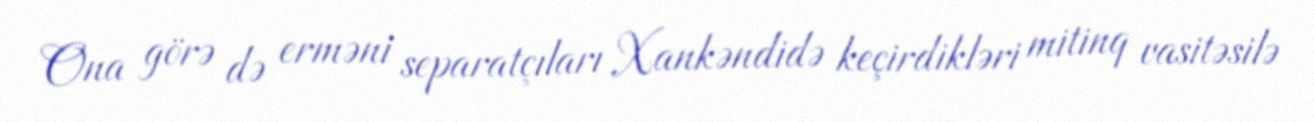
Ona görə də erməni separatçıları Xankəndidə keçirdikləri mitinq vasitəsilə